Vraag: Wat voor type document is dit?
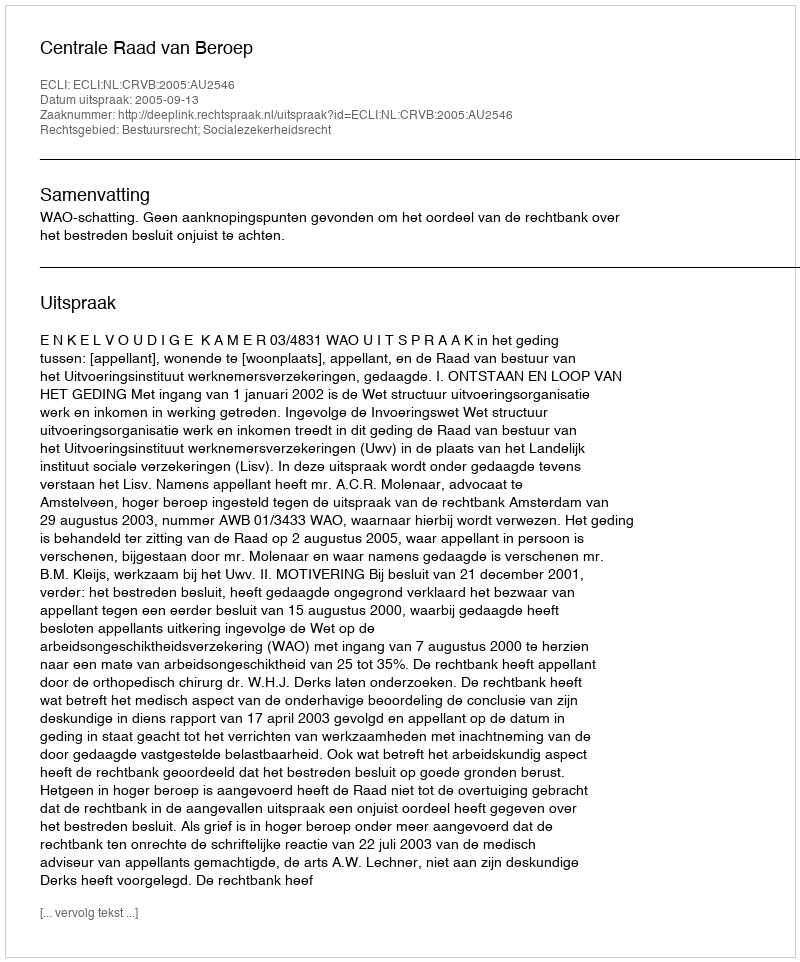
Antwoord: Uitspraak